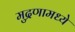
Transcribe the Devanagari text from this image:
मुद्रणामध्ये